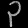
Digit: ၃